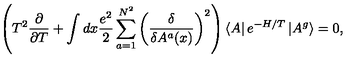
\left( T ^ { 2 } \frac { \partial } { \partial T } + \int d x \frac { e ^ { 2 } } { 2 } \sum _ { a = 1 } ^ { N ^ { 2 } } \left( \frac { \delta } { \delta A ^ { a } ( x ) } \right) ^ { 2 } \right) \left< A \right| e ^ { - H / T } \left| A ^ { g } \right> = 0 ,